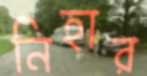
নিহার